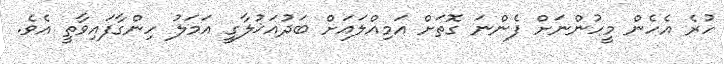
ހުރެ އެހެން މީހުންނަށް ފެންނަ ގޮތަށް އަމިއްލައަށް ބަދުއަޚުލާގީ އަމަލު ހިންގާފައިވާތީ އެވެ.